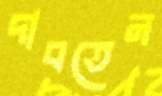
দাবতেন